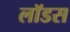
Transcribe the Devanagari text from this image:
लॉडस